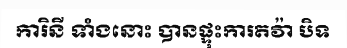
ការិនី ទាំងនោះ បានផ្ទុះការតវ៉ា បិទ